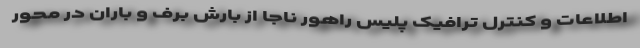
اطلاعات و کنترل ترافیک پلیس راهور ناجا از بارش برف و باران در محور